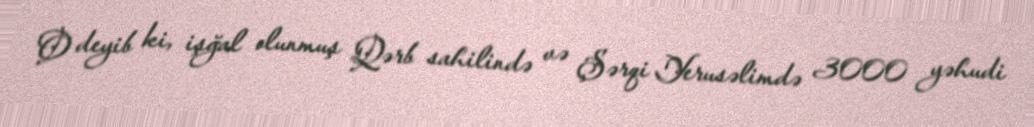
O deyib ki, işğal olunmuş Qərb sahilində və Şərqi Yerusəlimdə 3000 yəhudi